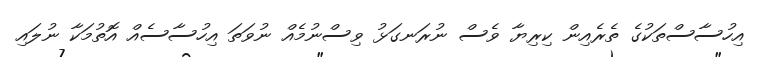
އިހުސާސްތަކުގެ ތެރެއިން ކިރިޔާ ވެސް ނުރަނގަޅު ވިސްނުމެއް ނުވަތަ އިހުސާސެއް އޮތުމަކާ ނުލައި